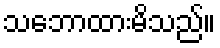
သဘောထားမိသည်။